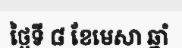
ថ្ងៃទី ៨ ខែមេសា ឆ្នាំ